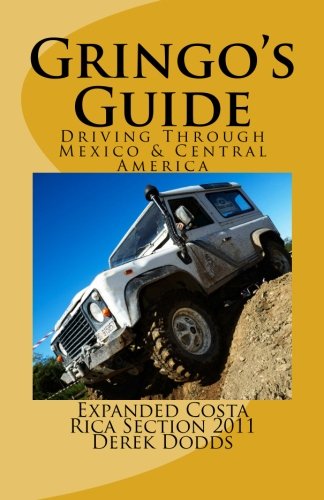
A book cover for The Gringos Guide To Driving Through   Mexico & Central America: Expanded Costa Rica Section 2011; Derek Dodds; Travel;